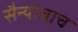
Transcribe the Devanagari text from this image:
सैन्याचाच